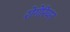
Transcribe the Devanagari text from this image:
रोगेरियन